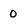
Character: O